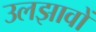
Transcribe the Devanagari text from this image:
उलझावों